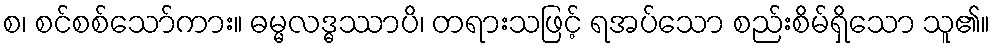
စ၊ စင်စစ်သော်ကား။ ဓမ္မလဒ္ဓဿာပိ၊ တရားသဖြင့် ရအပ်သော စည်းစိမ်ရှိသော သူ၏။